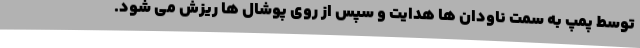
توسط پمپ به سمت ناودان ها هدایت و سپس از روی پوشال ها ریزش می شود.